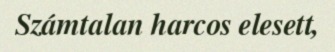
Számtalan harcos elesett,